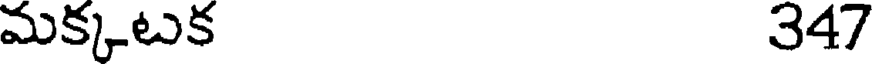
మక్కటక 347